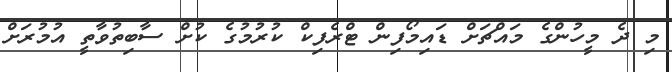
މި ދެ މީހުންގެ މައްޗަށް ޑައިމޯފިން ޓްރެފިކް ކުރުމުގެ ކުށް ސާބިތުވާތީ އުމުރަށް